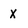
Character: X